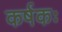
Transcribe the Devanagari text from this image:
कर्षकः